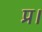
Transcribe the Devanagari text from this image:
प्र।